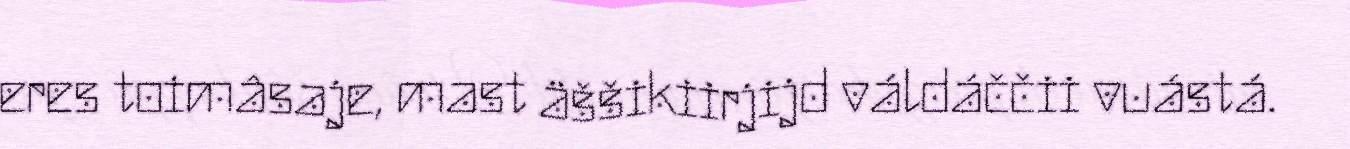
eres toimâsaje, mast äššikiirjijd váldáččii vuástá.